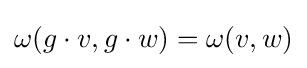
\omega (g\cdot v,g\cdot w)=\omega (v,w)